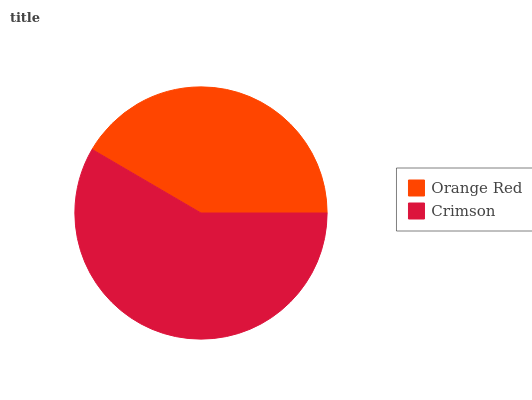
| Orange Red | Crimson |
 | --- | --- |
 | 41.6% | 58.4% |